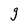
Character: 9